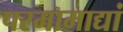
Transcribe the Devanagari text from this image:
परमामाद्यां